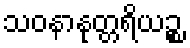
သဝနာနုတ္တရိယဉ္စ